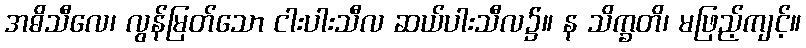
အဓိသီလေ၊ လွန်မြတ်သော ငါးပါးသီလ ဆယ်ပါးသီလ၌။ န သိက္ခတိ၊ မဖြည့်ကျင့်။